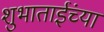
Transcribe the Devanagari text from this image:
शुभाताईंच्या